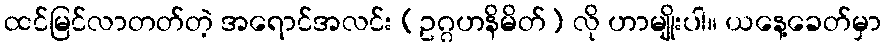
ထင်မြင်လာတတ်တဲ့ အရောင်အလင်း (ဥဂ္ဂဟနိမိတ်) လို ဟာမျိုးပါ။ ယနေ့ခေတ်မှာ